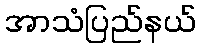
အာသံပြည်နယ်